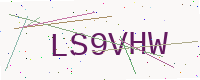
Text: LS9VHW